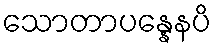
သောတာပန္နေနပိ